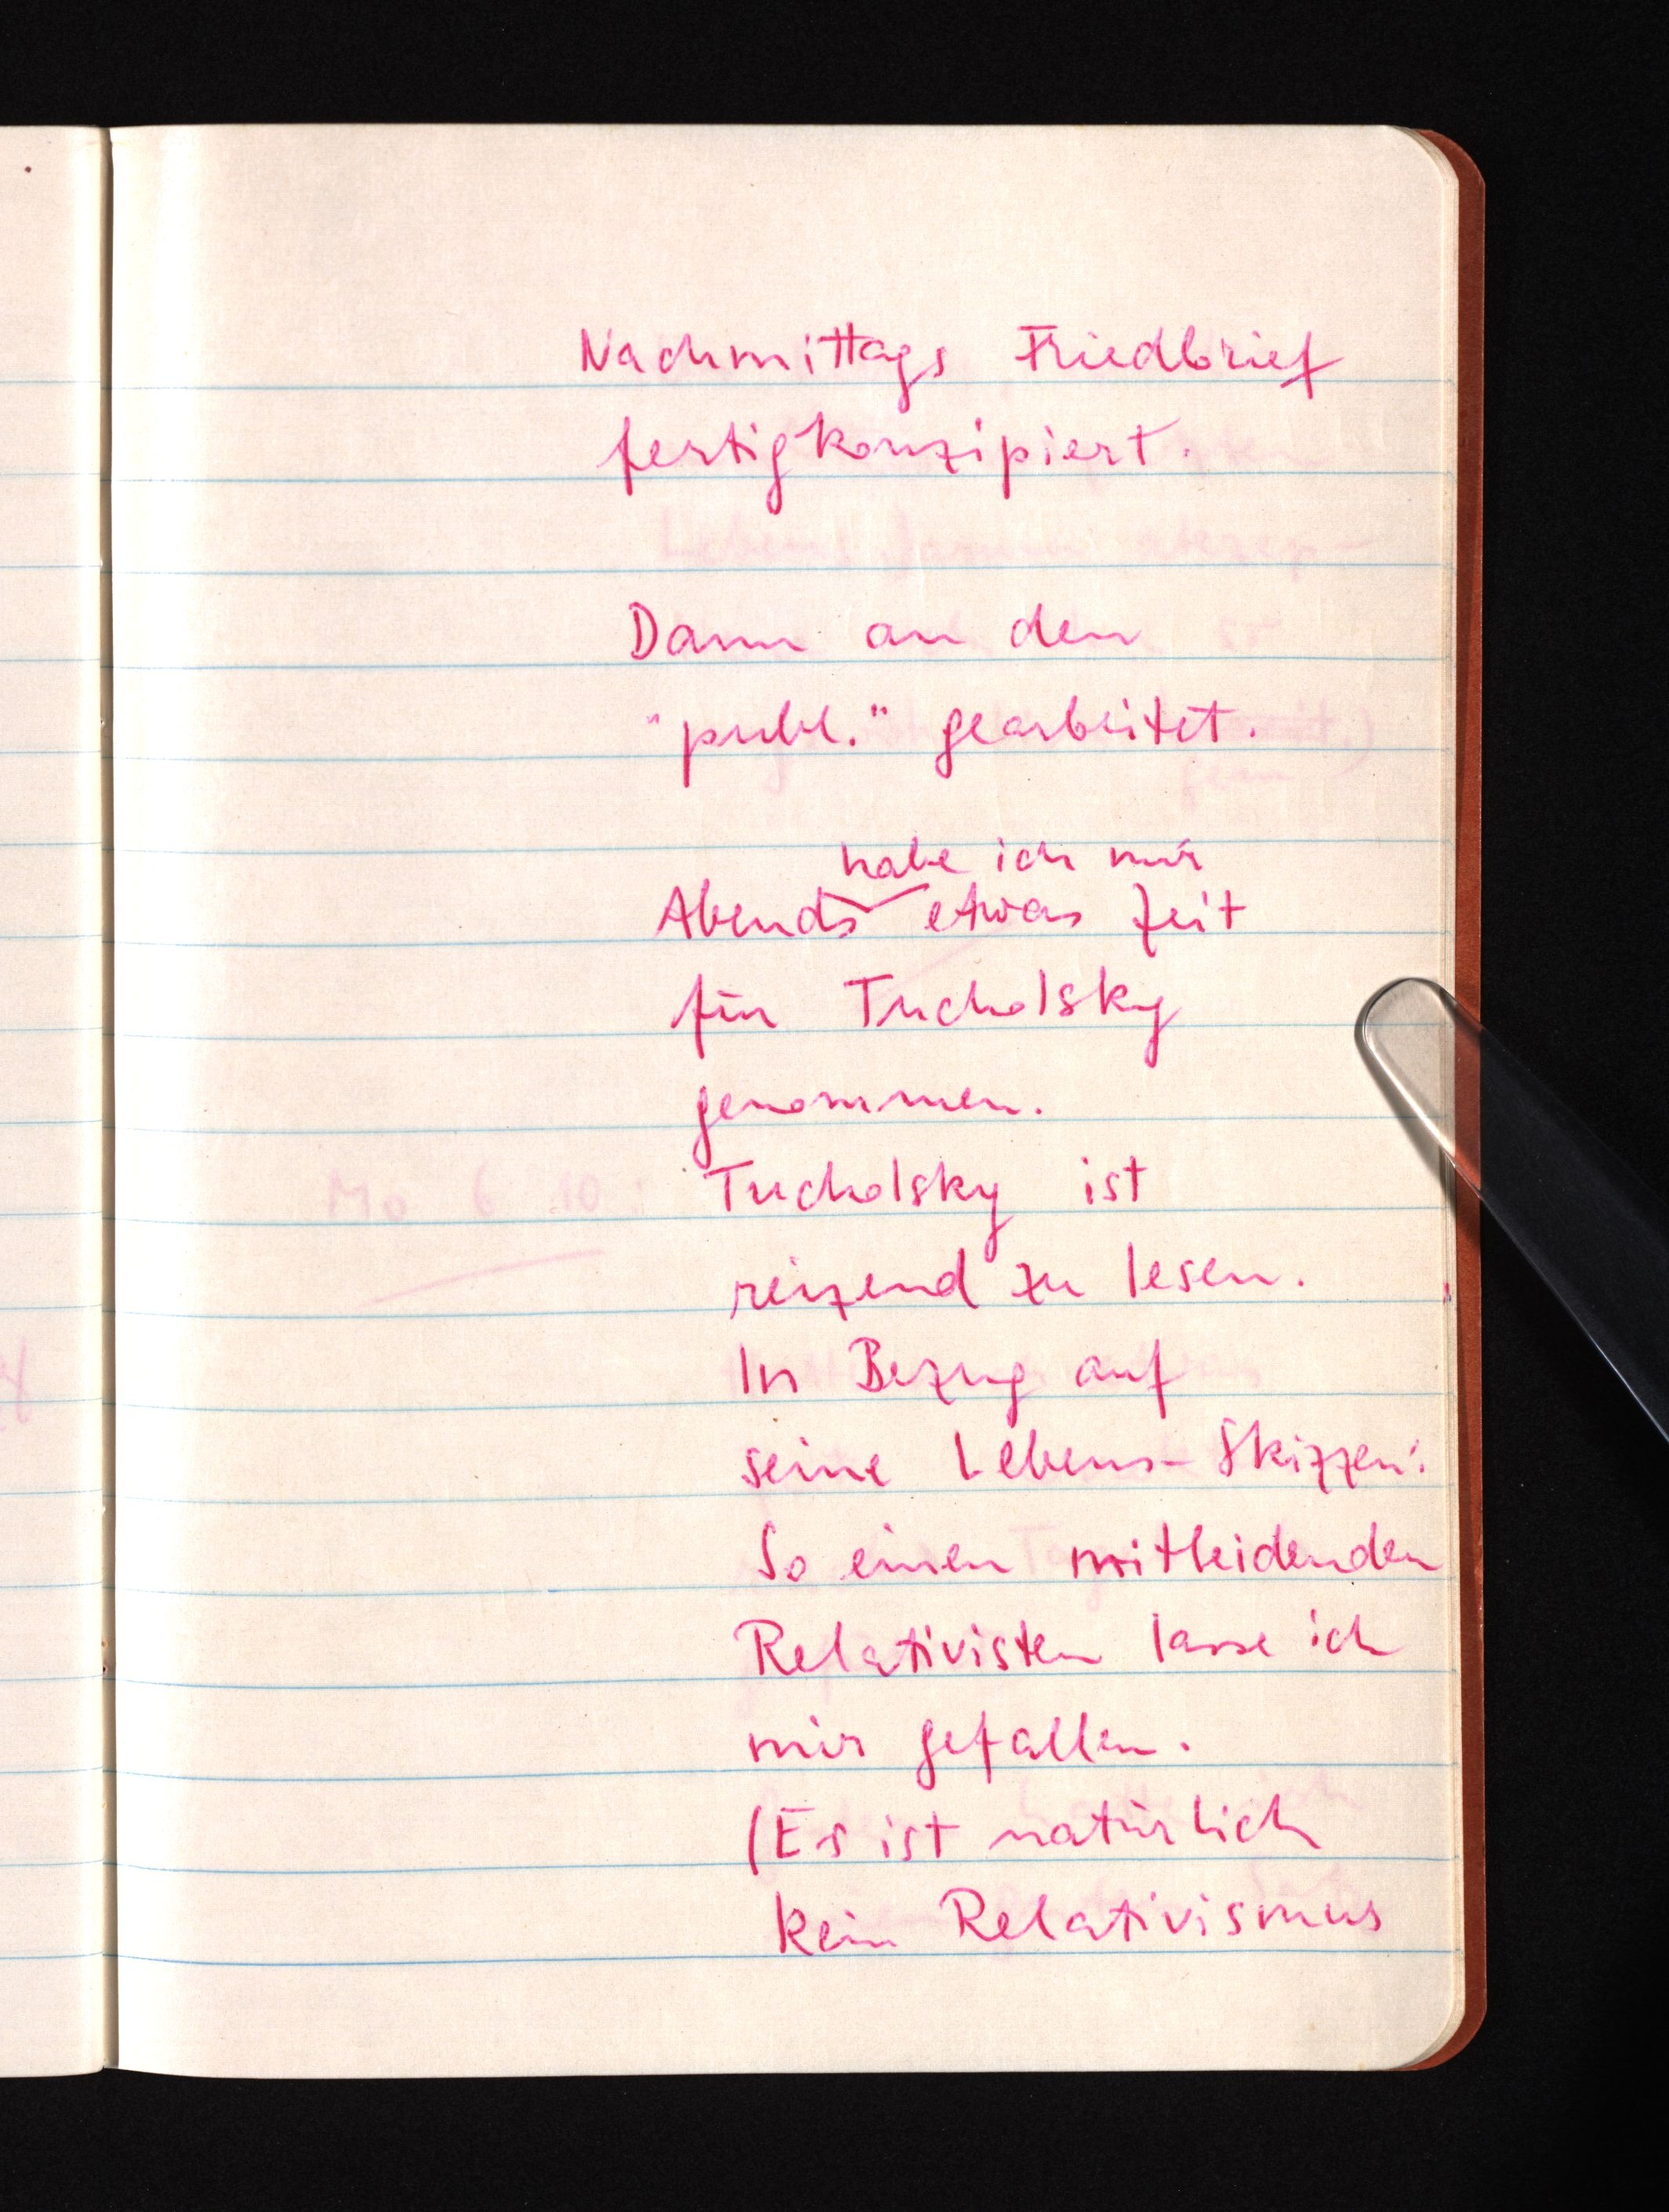
Nachmittags Friedbrief
fertigkonzipiert.
Dann an den
"publ." gearbeitet.
habe ich mir
Abends etwas Zeit
für Tucholsky
genommen.
Tucholsky ist
reizend zu lesen.
In Bezug auf
seine Lebens-Skizzen:
So einen mitleidenden
Relativisten lasse ich
mir gefallen.
(Es ist natürlich
kein Relativismus